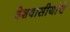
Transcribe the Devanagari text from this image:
देशवासीयांचे